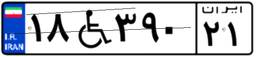
۱۸W۳۹۰۲۱